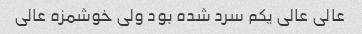
عالی عالی یکم سرد شده بود ولی خوشمزه عالی